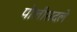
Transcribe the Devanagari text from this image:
पोलीसदले